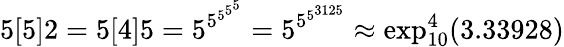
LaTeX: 5[5]2=5[4]5=5^{5^{5^{5^{5}}}}=5^{5^{5^{3125}}}\approx\exp_{10}^{4}(3.33928)